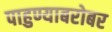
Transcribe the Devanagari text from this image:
पाहुण्याबरोबर